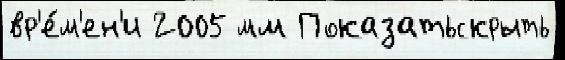
вр'е́м'ен'и 2005 мм Показатьскрыть